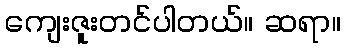
ကျေးဇူးတင်ပါတယ်။ ဆရာ။